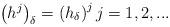
LaTeX: \begin{align*}\left( h^{j}\right) _{\delta }=\left( h_{\delta }\right) ^{j}j=1,2,... \end{align*}